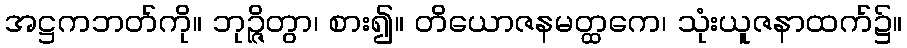
အဋ္ဌကဘတ်ကို။ ဘုဉ္ဇိတွာ၊ စား၍။ တိယောဇနမတ္ထကေ၊ သုံးယူဇနာထက်၌။